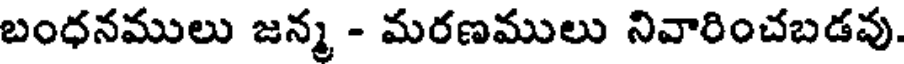
బంధనములు జన్మ - మరణములు నివారించబడవు.